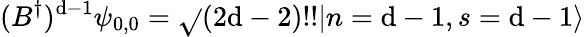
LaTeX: (B^{\dagger})^{\mathrm{d}-1}\psi_{0,0}=\sqrt{}{{(2\mathrm{d}-2)!!}}|n=\mathrm{d}-1,s=\mathrm{d}-1\rangle